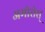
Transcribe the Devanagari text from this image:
अमोरोस्